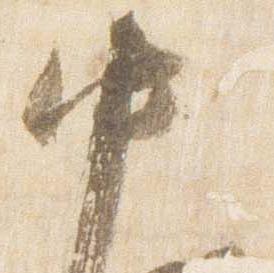
中